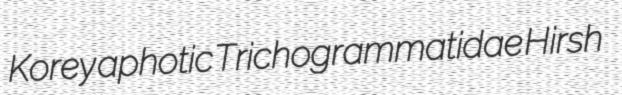
Korey aphotic Trichogrammatidae Hirsh